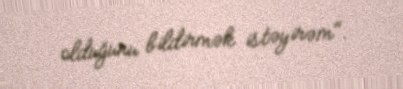
olduğunu bildirmək istəyirəm".